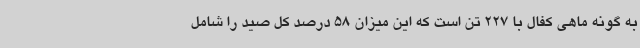
به گونه ماهی کفال با 227 تن است که این میزان 58 درصد کل صید را شامل